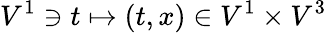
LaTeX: V^{1}\ni t\mapsto(t,x)\in V^{1}\times V^{3}